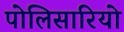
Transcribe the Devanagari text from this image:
पोलिसारियो